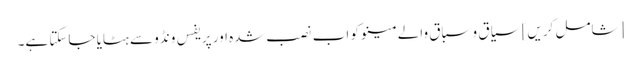
[شامل کریں] سیاق و سباق والے مینو کو اب نصب شدہ اور پریفس ونڈو سے ہٹایا جاسکتا ہے۔